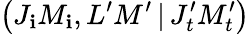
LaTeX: \left(J_{\mathbf{i}}M_{\mathbf{i}},L^{\prime}M^{\prime}\, |\, J_{t}^{\prime}M_{t}^{\prime}\right)